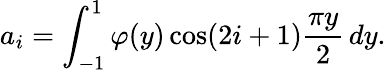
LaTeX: a_{i}=\int_{-1}^{1}\varphi(y)\cos(2i+1){\frac{\pi y}{2}}\, dy.